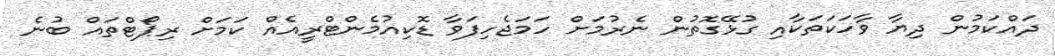
ދައްކަމުން ދިޔާ ވާހަކަތަކާއި ގުޅޭގޮތުން ނެރުމަށް ހަމަޖެހިފަވާ ޑޮކިއުމެންޓްރީއެއް ކަމަށް ރިޕޯޓްތައް ބުނެ